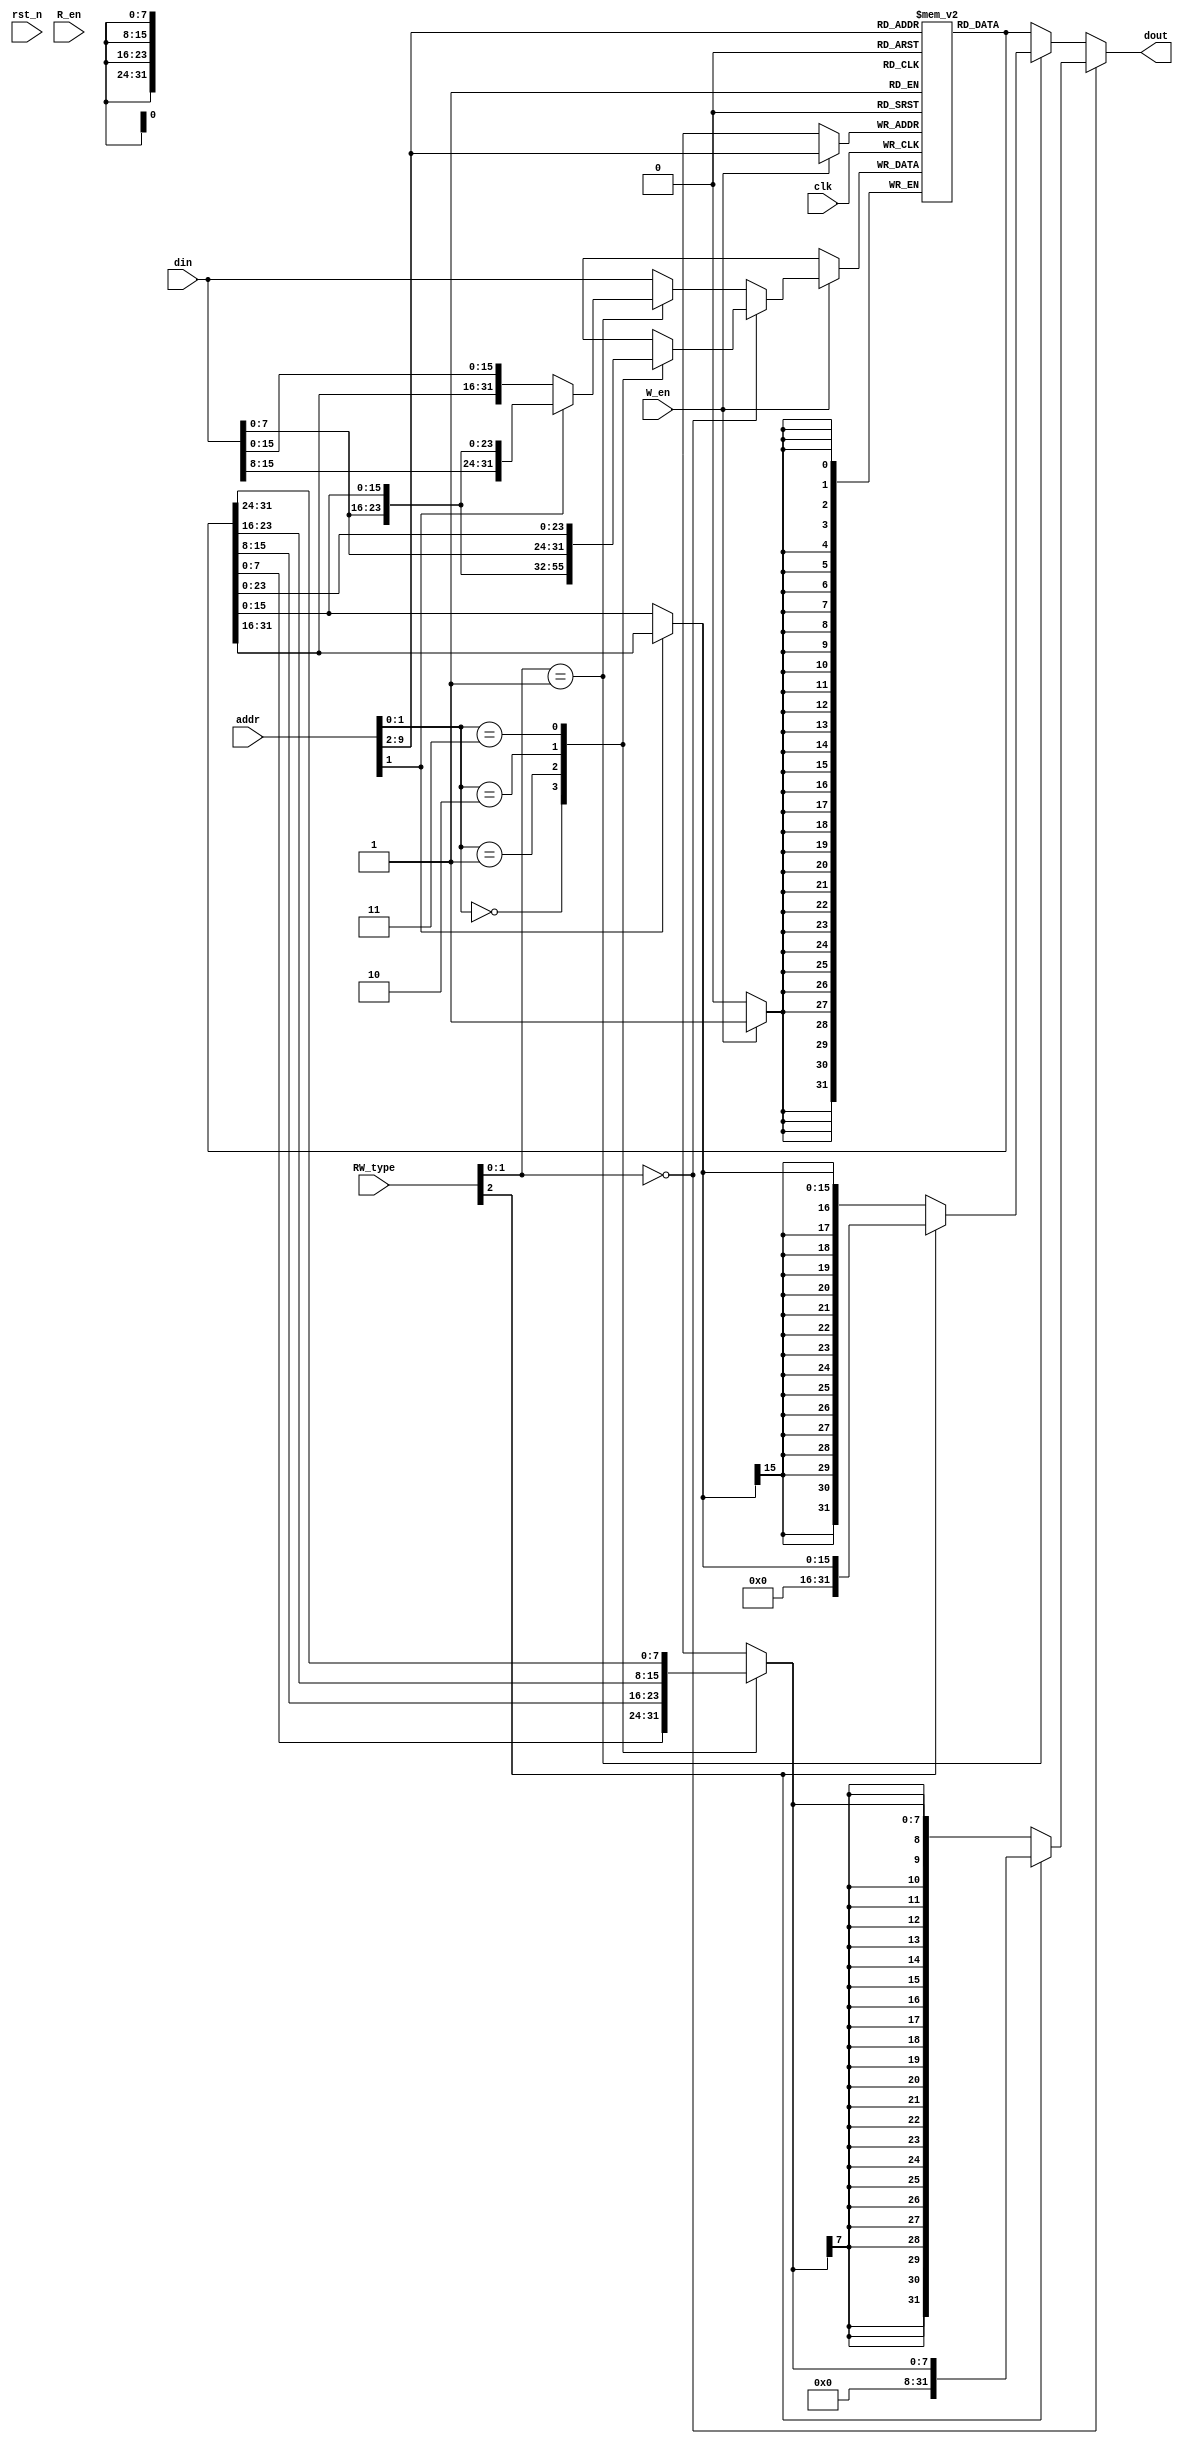
`timescale 1ns / 1ps
//////////////////////////////////////////////////////////////////////////////////
// Company: 
// Engineer: 
// 
// Design Name: 
// Module Name: data_memory
// Project Name: 
// Target Devices: 
// Tool Versions: 
// Description: 
// 
// Dependencies: 
// 
// Revision:
// Revision 0.01 - File Created
// Additional Comments:
// 
//////////////////////////////////////////////////////////////////////////////////


module data_memory(
	clk,
	rst_n,
	W_en,
	R_en,
	addr,
	RW_type,
	din,
	dout
    );
	
	
	input clk;
	input rst_n;
	
	input W_en;
	input R_en;
	
	input [31:0]addr;
	input [2:0]RW_type;

	input [31:0]din;
	output [31:0]dout;


	reg [31:0]ram[255:0];
	
	wire [31:0]Rd_data;
	
initial begin
ram[0]=32'd0;
end
	
	
	reg [31:0]Wr_data_B;//////////
	wire [31:0]Wr_data_H;//////////
	
	wire [31:0]Wr_data;
	
	
	assign Rd_data=ram[addr[31:2]];


always@(*)
	begin
		case(addr[1:0])
			2'b00:Wr_data_B={Rd_data[31:8],din[7:0]};
			2'b01:Wr_data_B={Rd_data[31:16],din[7:0],Rd_data[7:0]};
			2'b10:Wr_data_B={Rd_data[31:24],din[7:0],Rd_data[15:0]};
			2'b11:Wr_data_B={din[7:0],Rd_data[23:0]};
		endcase
	end

assign Wr_data_H=(addr[1]) ? {din[15:0],Rd_data[15:0]} : {Rd_data[31:16],din[15:0]} ;
	
/////

assign Wr_data=(RW_type[1:0]==2'b00) ? Wr_data_B :( (RW_type[1:0]==2'b01) ? Wr_data_H : din   );

//

always@(posedge clk)
begin
	if(W_en)
		ram[addr[9:2]]<=Wr_data;
end

 
//


reg [7:0]Rd_data_B;
wire [15:0]Rd_data_H;

wire [31:0] Rd_data_B_ext;
wire [31:0] Rd_data_H_ext;

always@(*)
begin
	case(addr[1:0])
		2'b00:Rd_data_B=Rd_data[7:0];
		2'b01:Rd_data_B=Rd_data[15:8];
		2'b10:Rd_data_B=Rd_data[23:16];
		2'b11:Rd_data_B=Rd_data[31:24];
	endcase
end
		
assign Rd_data_H=(addr[1])? Rd_data[31:16]:Rd_data[15:0];

////
assign Rd_data_B_ext=(RW_type[2]) ? {24'd0,Rd_data_B} : {{24{Rd_data_B[7]}},Rd_data_B};

assign Rd_data_H_ext=(RW_type[2]) ? {16'd0,Rd_data_H} : {{16{Rd_data_H[15]}},Rd_data_H};


assign dout=(RW_type[1:0]==2'b00) ? Rd_data_B_ext : ((RW_type[1:0]==2'b01) ? Rd_data_H_ext : Rd_data );


endmodule